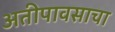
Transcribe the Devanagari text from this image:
अतीपावसाचा